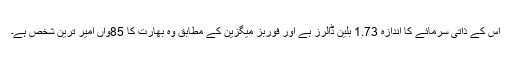
اس کے ذاتی سرمائے کا اندازہ 1.73 بلین ڈالرز ہے اور فوربز میگزین کے مطابق وہ بھارت کا 85واں امیر ترین شخص ہے۔